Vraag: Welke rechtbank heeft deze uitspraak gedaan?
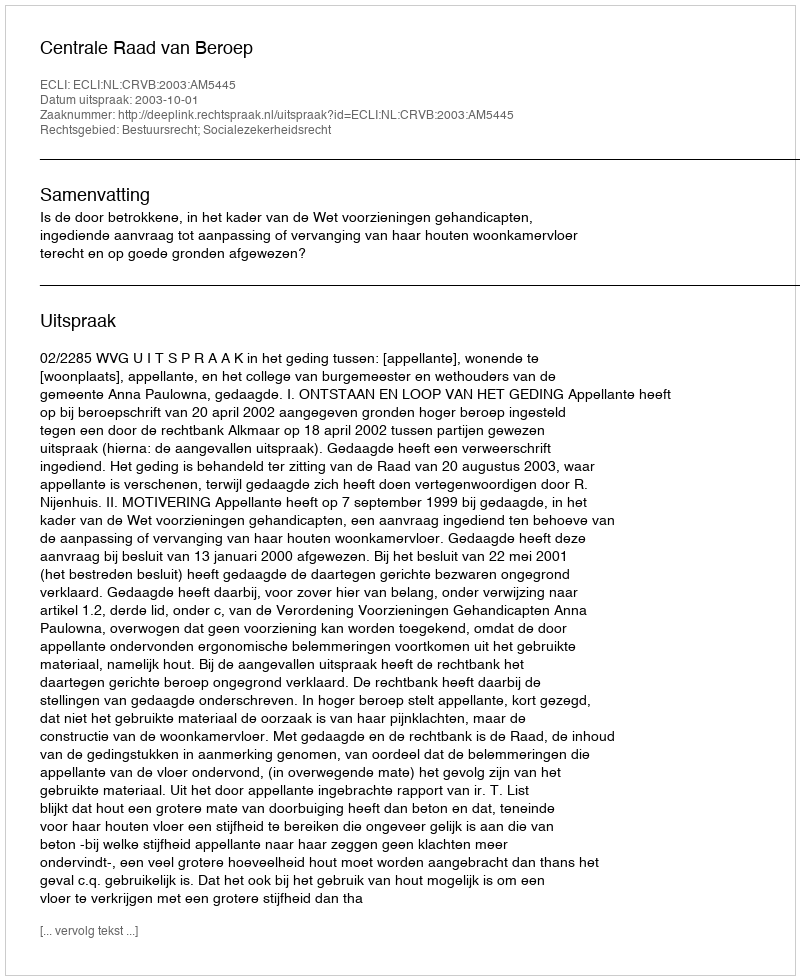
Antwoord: Centrale Raad van Beroep